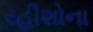
રહીશોના